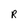
Character: R